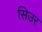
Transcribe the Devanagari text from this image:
सिउर